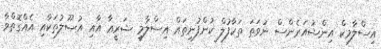
އިސްލާމިކް އިންޝުއަރެންސް ނުވަތަ ތަކާފުލް ކުންފުނިތައް އިސްލާމީ ޝަރީޢާ އާއި އުޞޫލުތަކާއި އެއްގޮތްވާ